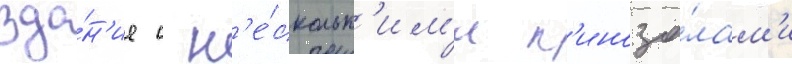
зда́н'ие с н'е́скольк'им'и к'иноза́лам'и